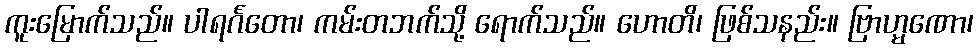
ကူးမြောက်သည်။ ပါရင်္ဂတော၊ ကမ်းတဘက်သို့ ရောက်သည်။ ဟောတိ၊ ဖြစ်သနည်း။ ဗြာဟ္မဏော၊